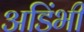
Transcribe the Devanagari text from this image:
अडिंभी